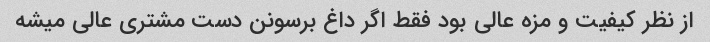
از نظر کیفیت و مزه عالی بود فقط اگر داغ برسونن دست مشتری عالی میشه